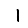
Digit: 1